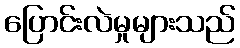
ပြောင်းလဲမှုများသည်